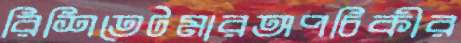
রিশিতেটমারঅপচিকীর